Report on the working of the Ranchi Indian Mental Hospital, Kanke, in Bihar and Orissa - 1930-1940
Year: 1930
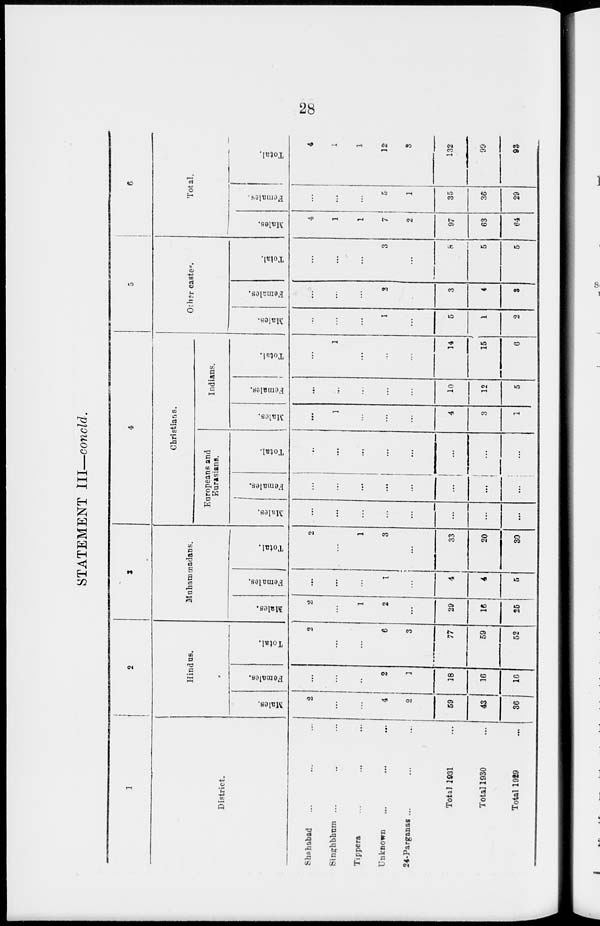
28
STATEMENT III—concld.
1
District.
Shahabad ... ... ...
Singrhbhum ... ... ...
Tippers ... ... ...
Unknown ... ... ...
24-Parganas ...
...
...
Total 1931 ...
Total 1930 ...
Total 1929 ...
2
Hindus.
Males.
2
...
...
4
2
59
43
36
Females.
...
...
...
2
1
18
16
16
Total.
2
...
...
6
3
77
59
52
3
Muhammadans.
Males.
2
...
1
2
...
29
16
25
Females.
...
...
...
1
...
4
4
5
Total.
2
...
1
3
...
33
20
30
4
Chrietians.
Europeans and
Eurasians.
Males.
...
...
...
...
...
...
...
...
Females.
...
...
...
...
...
...
...
...
Total.
...
...
...
...
...
...
...
...
Indians.
Males.
...
1
...
...
...
4
3
1
Females.
...
...
...
...
...
10
12
5
Total.
...
1
...
...
...
14
15
6
5
Other castes.
Males.
...
...
...
1
...
5
1
2
Females.
...
...
...
2
...
3
4
3
Total.
...
...
...
3
...
8
5
5
6
Total.
Males.
4
1
1
7
2
97
63
64
Females.
...
...
...
5
1
35
36
29
Total.
4
1
1
12
3
132
99
93